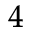
_ 4